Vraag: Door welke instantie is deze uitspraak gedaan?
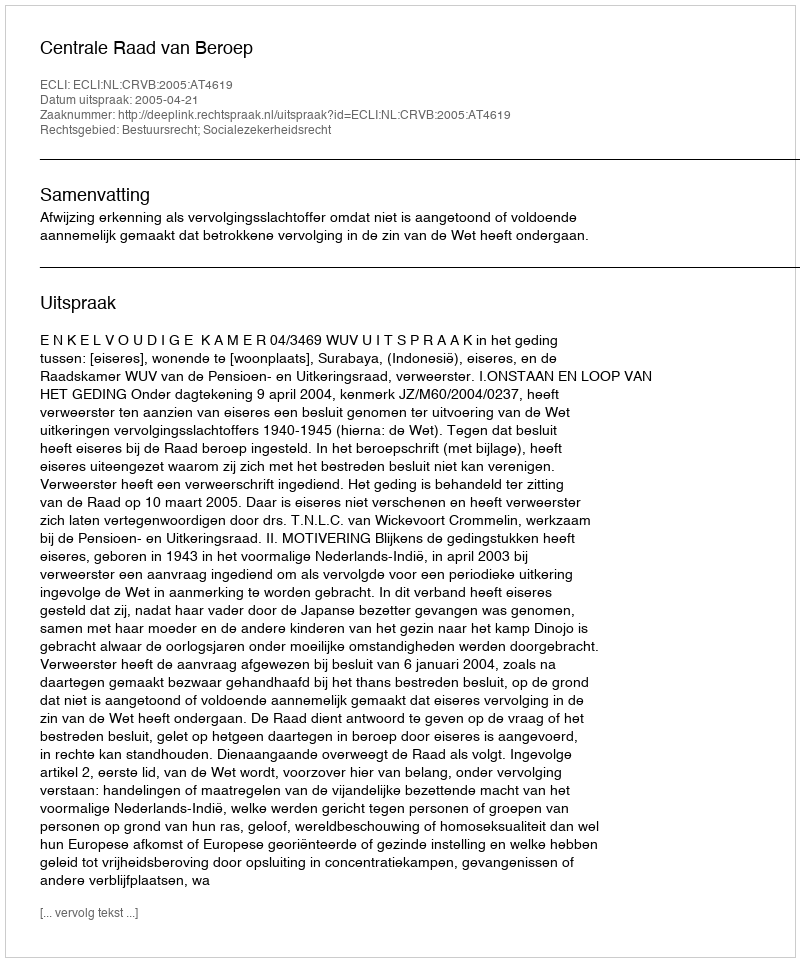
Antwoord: Centrale Raad van Beroep